Annual report of the Civil Veterinary Department, Bengal, for the year 1897-98 - 1897-1898
Year: 1897
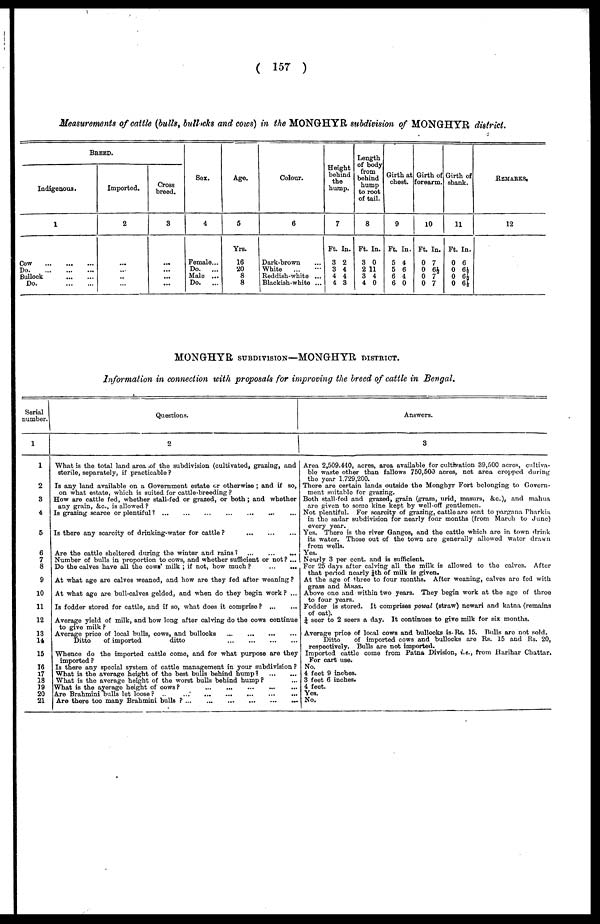
( 157 )
Measurements of cattle (bulls, bullocks and cows) in the MONGHYR subdivision of MONGHYR district.
BREED.
Indigenous.
1
Cow
Do
Bullock
Do.
Imported.
2
...
...
..
...
Cross
breed.
3
...
...
...
...
Sox.
4
Female...
Do.
...
Male ...
Do.
...
Age.
5
Yrs.
16
20
8
8
Colour.
6
Dark-brown ...
White
... ...
Reddish-white ...
Blackish-white ...
Height
behind
the
hump.
7
Ft. In.
3 2
3 4
4 4
4 3
Length
of body
from
behind
hump
to root
of tail.
8
Ft. In.
3 0
2 11
3 4
4 0
Girth at
chest.
9
Ft In.
5 4
5 6
6 4
6 0
Girth of
forearm.
10
Ft. In.
0 7
0 6½
0 7
0 7
Girth of
shank.
11
Ft. In.
0 6
0 6½
0 6½
0 6½
REMARKS.
12
MONGHYR SUBDIVISION—MONGHYR DISTRICT.
Information in connection with proposals for improving the breed of cattle in Bengal.
Serial
number.
1
1
2
3
4
5
6
7
8
9
10
11
12
13
14
15
16
17
18
19
20
21
Questions.
2
What is the total land area of the subdivision (cultivated, grazing, and
storile, separately, if practicable ?
Is any land available on a Government estate or otherwise ; and if so,
on what estate, which is suited for cattle-breeding ?
How are cattle fed, whether stall-fed or grazed, or both ; and whether
any grain, &c., is allowed ?
Is grazing scarce or plentiful
?
...
...
...
...
...
...
Is there any scarcity of drinking-water for cattle?
...
...
...
Are the cattle sheltered during the winter and rains? ... ... ... ...
Number of bulls in proportion to cows, and whether sufficient or not? ...
Do the calves have all the cows' milk ; if not, how much ?
...
...
At what age are calves weaned, and how are they fed after weaning ?
At what age are bull-calves gelded, and when do they begin work ? ...
Is fodder stored for cattle, and if so, what does it comprise ?
...
...
Average yield of milk, and how long after calving do the cows continue
to give milk ?
Average price of local bulls, cows, and bullocks
Ditto
of imported
ditto
Whence do the imported cattle come, and for what purpose are they
imported ?
Is there any special system of cattle management in your subdivision ?
What is the average height of the best bulls behind hump?
...
...
What is the average height of the worst bulls behind hump ? ...
What is the average height of cows? ... ... ... ... ...
Are Brahmini bulls let loose ?
...
...
...
...
...
...
...
Are there too many Brahmini bulls ? ...
...
...
...
...
...
...
...
Answers.
3
Area 2,509.440, acres, area available for cultivation 39,500 acres, cultiva-
ble wasto other than fallows 750,500 acres, not area cropped during
the year 1.729,200.
There are certain lands outside the Monghyr Fort belonging to Govern-
ment suitable for grazing.
Both stall-fed and grazed, grain (gram, urid, masurs, &c.), and mahua
are given to some kine kept by well-off gentlemen.
Not plentiful. For scarcity of grazing, cattle are sent to pargana Pharkia
in the sadar subdivision for nearly four months (from March to June)
every year.
Yes. There is the river Ganges, and the cattle which are in town drink
its water. Those out of the town are generally allowed water drawn
from wells.
Yes.
Nearly 3 per cent. and is sufficient.
For 25 days after calving all the milk is allowed to the calves. After
that period nearly ¼th of milk is given.
At the age of three to four months. After weaning, calves are fed with
grass and bhusa.
Above one and within two years. They begin work at the age of three
to four years.
Fodder is stored. It comprises powal (straw) newari and katna (remains
of oat).
¼ soor to 2 seers a day. It continues to give milk for six months.
Average price of local cows and bullocks is Rs. 15. Bulls are not sold.
Ditto
of imported cows and bullocks are Rs. 15 and Rs. 20,
respectively. Bulls are not imported.
Imported cattle come from Patna Division, i.e., from Harihar Chattar.
For cart use.
No.
4 feet 9 inches.
3 feet 6 inches.
4 feet.
Yes.
No.